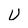
Character: U